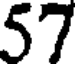
57